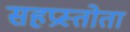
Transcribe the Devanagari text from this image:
सहप्रस्तोता